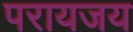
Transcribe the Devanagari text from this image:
परायजय